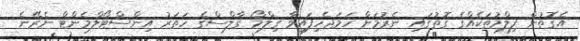
އެގޮތުން ފިލްމުތަކެއްގެ ގޮތުގައި ނެރުމަށް ހަމަޖެހިފައިވާ ގިލްމޯ ގާލްސްގެ ހަތަރު އިންސްޓޯލްމެންޓް ނެރޭނެ